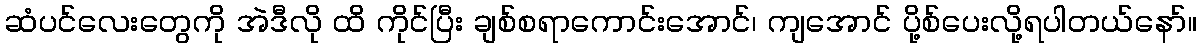
ဆံပင်လေးတွေကို အဲဒီလို ထိ ကိုင်ပြီး ချစ်စရာကောင်းအောင်၊ ကျအောင် ပို့စ်ပေးလို့ရပါတယ်နော်။